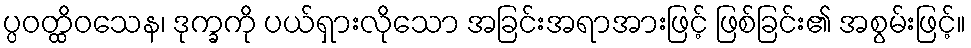
ပ္ပဝတ္ထိဝသေန၊ ဒုက္ခကို ပယ်ရှားလိုသော အခြင်းအရာအားဖြင့် ဖြစ်ခြင်း၏ အစွမ်းဖြင့်။